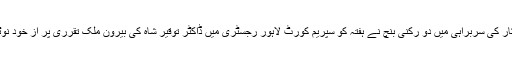
چیف جسٹس میاں ثاقب نثار کی سربراہی میں دو رکنی بنچ نے ہفتہ کو سپریم کورٹ لاہور رجسٹری میں ڈاکٹر توقیر شاہ کی بیرون ملک تقرری پر از خود نوٹس کیس کی سماعت کی۔